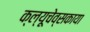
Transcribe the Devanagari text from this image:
क्ल्यूचेव्सकाया